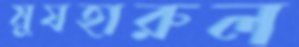
মুযহারুল